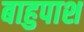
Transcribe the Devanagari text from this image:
बाहुपाश